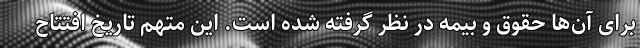
برای آن‌ها حقوق و بیمه در نظر گرفته شده است. این متهم تاریخ افتتاح